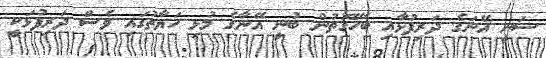
ސަނީ އޭނަގެ ދަރިފުޅާއި ބެހޭގޮތުން ބުނީ އޭނާގެ މުޅި ހަޔާތުގައި ވެސް ދަރިފުޅަކީ